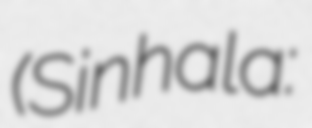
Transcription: (Sinhala: